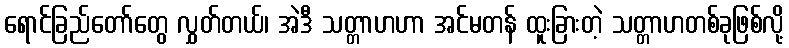
ရောင်ခြည်တော်တွေ လွှတ်တယ်၊ အဲဒီ သတ္တာဟဟာ အင်မတန် ထူးခြားတဲ့ သတ္တာဟတစ်ခုဖြစ်လို့